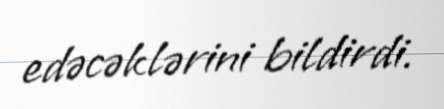
edəcəklərini bildirdi.